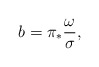
\begin{align*}b=\pi_*\frac{\omega}{\sigma},\end{align*}